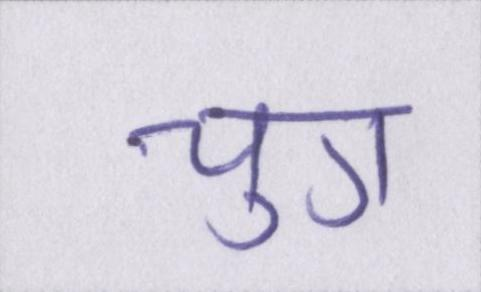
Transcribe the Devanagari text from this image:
चुग